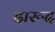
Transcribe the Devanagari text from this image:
दारूद